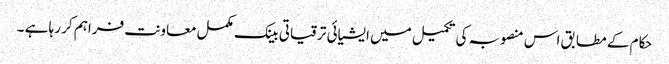
حکام کے مطابق اس منصوبہ کی تکمیل میں ایشیائی ترقیاتی بینک مکمل معاونت فراہم کر رہا ہے ۔